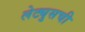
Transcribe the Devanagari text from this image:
लेट्युसची